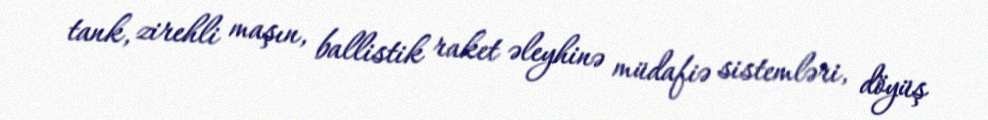
tank, zirehli maşın, ballistik raket əleyhinə müdafiə sistemləri, döyüş